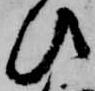
ひ